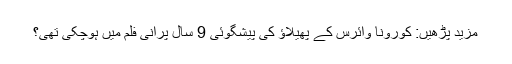
مزید پڑھیں: کورونا وائرس کے پھیلاؤ کی پیشگوئی 9 سال پرانی فلم میں ہوچکی تھی؟